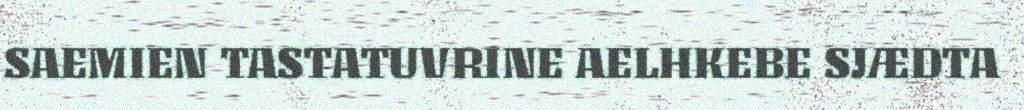
SAEMIEN TASTATUVRINE AELHKEBE SJÆDTA